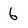
Character: 6